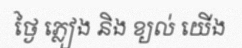
ថ្ងៃ ភ្លៀង និង ខ្យល់ យើង